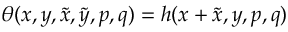
\theta ( x , y , \tilde { x } , \tilde { y } , p , q ) = h ( x + \tilde { x } , y , p , q )